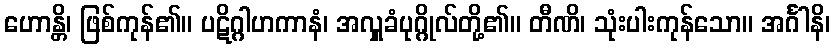
ဟောန္တိ၊ ဖြစ်ကုန်၏။ ပဋိဂ္ဂါဟကာနံ၊ အလှူခံပုဂ္ဂိုလ်တို့၏။ တီဏိ၊ သုံးပါးကုန်သော။ အင်္ဂါနိ၊